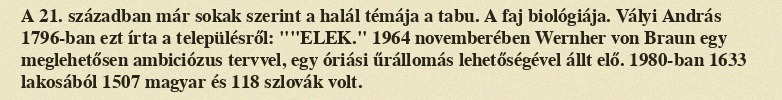
A 21. században már sokak szerint a halál témája a tabu. A faj biológiája. Vályi András 1796-ban ezt írta a településről: ""ELEK." 1964 novemberében Wernher von Braun egy meglehetősen ambiciózus tervvel, egy óriási űrállomás lehetőségével állt elő. 1980-ban 1633 lakosából 1507 magyar és 118 szlovák volt.